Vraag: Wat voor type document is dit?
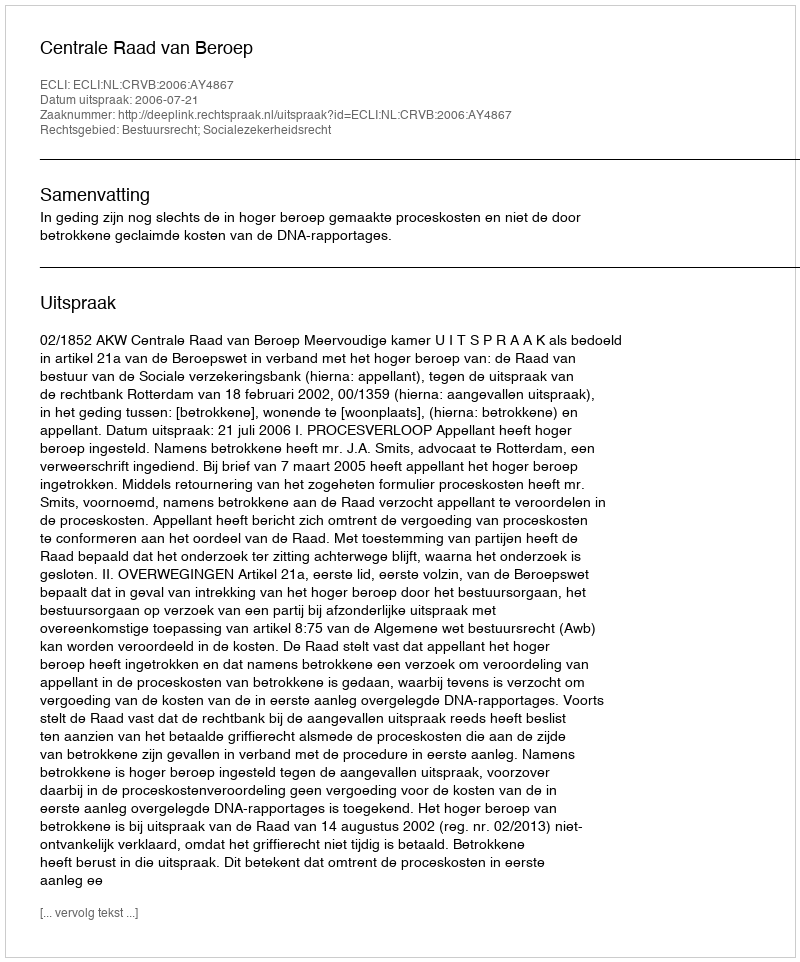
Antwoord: Uitspraak